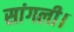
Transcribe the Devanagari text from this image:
सांगली।